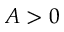
A > 0